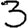
Digit: 3